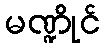
မဏ္ဍိုင်